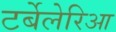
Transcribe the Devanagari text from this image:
टर्बेलेरिआ